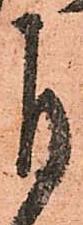
自